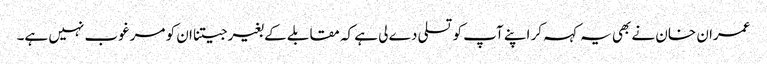
عمران خان نے بھی یہ کہہ کر اپنے آپ کو تسلی دے لی ہے کہ مقابلے کے بغیر جیتنا ان کو مرغوب نہیں ہے۔